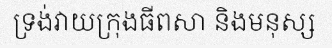
ទ្រង់វាយក្រុងធីពសា និងមនុស្ស